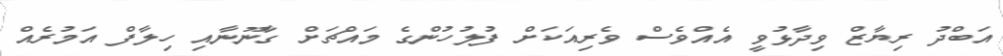
އަބްދު ރިޔާޒް ވިދާޅުވީ އެއްވެސް ވެރިއަކަށް ފުލުހުންގެ މައްޗަށް ގާނޫނާއި ހިލާފް އަމުރެއް